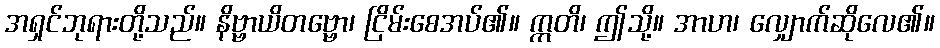
အရှင်ဘုရားတို့သည်။ နိဗ္ဗာယိတဗ္ဗော၊ ငြိမ်းစေအပ်၏။ ဣတိ၊ ဤသို့။ အာဟ၊ လျှောက်ဆိုလေ၏။